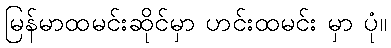
မြန်မာထမင်းဆိုင်မှာ ဟင်းထမင်း မှာ ပုံ။